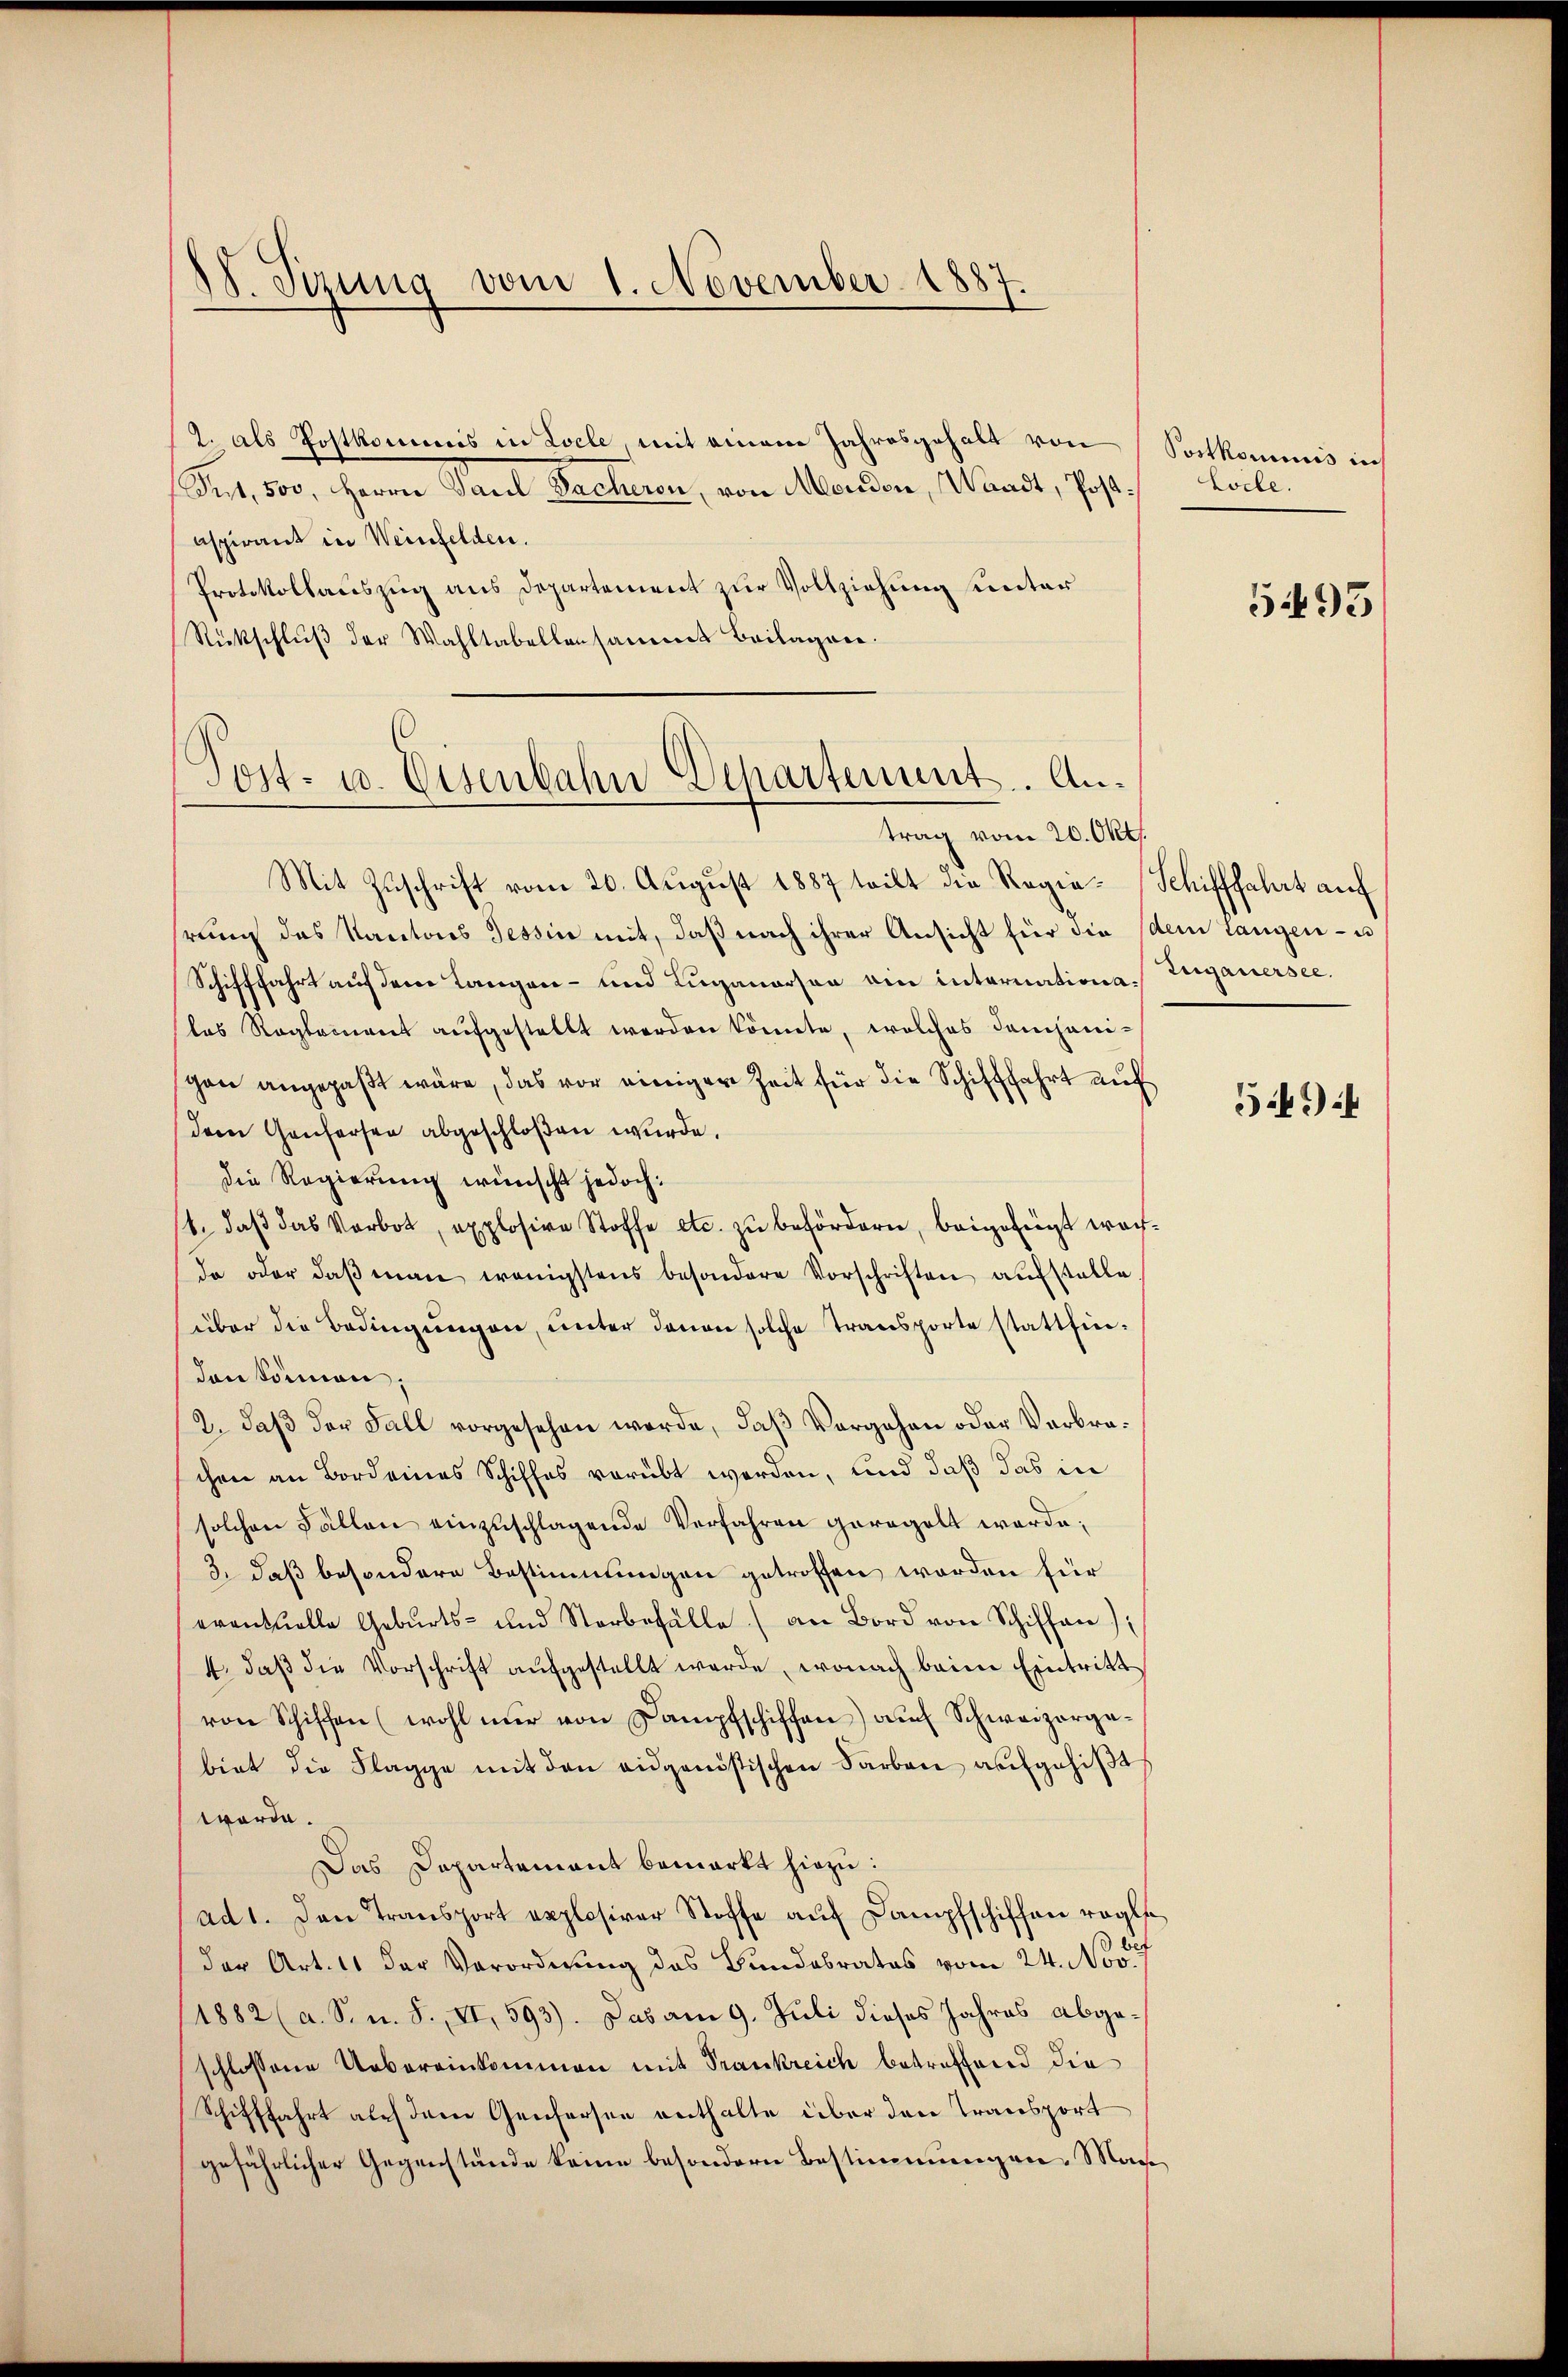
88. Sezung vom 1. November 1887.

2. als Postkommis in Locle, mit einem Jahresgehalt von
(Snt. 500. Herrn Paul Sacheron, von Moudon, Waadt, Post Locle.
aspirant in Weinfelden.
Protokollauszug aus Departement zur Vollziehung unter
Rückschlŭβ der Wahltabellensammt Beilagen.

Post- u. Eisenbahn Departement. An¬

Sortkommis in

trag vom 20. Okt.
Mit Zuschrift vom 20. August 1887 teilt die Regie-Schifffahrt auf
rŭng des Kantons Tessin mit, daβ nach ihrer Ansicht für die (dem Langen - u
Schifffahrt auf dem Langen- und Luganorson ein internationa. Zuganersee.
das Reglement aufgestellt werden könnte, welches dampanigen angepaßt wäre, das vor einiger Zeit für die Schifffahrt auf
dem Genfersen abgeschloßen wurde.
Die Regierung wünscht jedoch:
/4. daβ das Verbot, explosive Stoffe etc. zu befördern, beigefügt worda oder daβ man wenigstens besondere Vorschriften aufstelle
über die Bedingungen, unter denen solche Transporte stattfinden können;
2. daß der Fall vorgesehen werde, daß Vorgehen oder Verbreschen an Bord eines Schiffes vorübt werden, und daß das in
solchen Fällen einzuschlagende Verfahren geregelt werde;
3. daß besondere Bestimmungen getroffen worden für
eventuelle Geburts- und Sterbefälle an Bord von Schiffen);
4. daβ die Vorschrift aufgestellt werde, wonach beim Eintritt
von Schiffen (wohl nur von Dampfschiffen) auf Schweizorgabiet die Flagge mit den eidgenössischen Farben aufgehißt
werde.
Das Departement bemerkt hiezu:
ad 1. Den Transport explosiver Stoffe aŭf Dampfschiffen rogle
der Art. 11 der Verordnung des Bundesrates vom 24. d. 27
1882 (a. S. n. F. VI, 593). Das am 9. Juli dieses Jahres abgeschlossene Uebereinkommen mit Frankreich betreffend die
Schifffahrt auf dem Genfersee enthalte über den Transport
gefährlicher Gegenstände keine besondern Bestimmungen, Man¬

5495

594